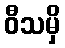
ဝီသမှိ